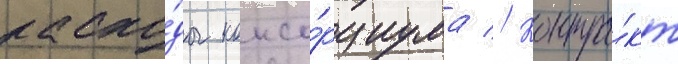
расхо́ды консо́рциума // Контра́кт